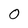
Character: 0